Insane asylums in Bengal annual reports 1876-1887 - 1876-1887
Year: 1876
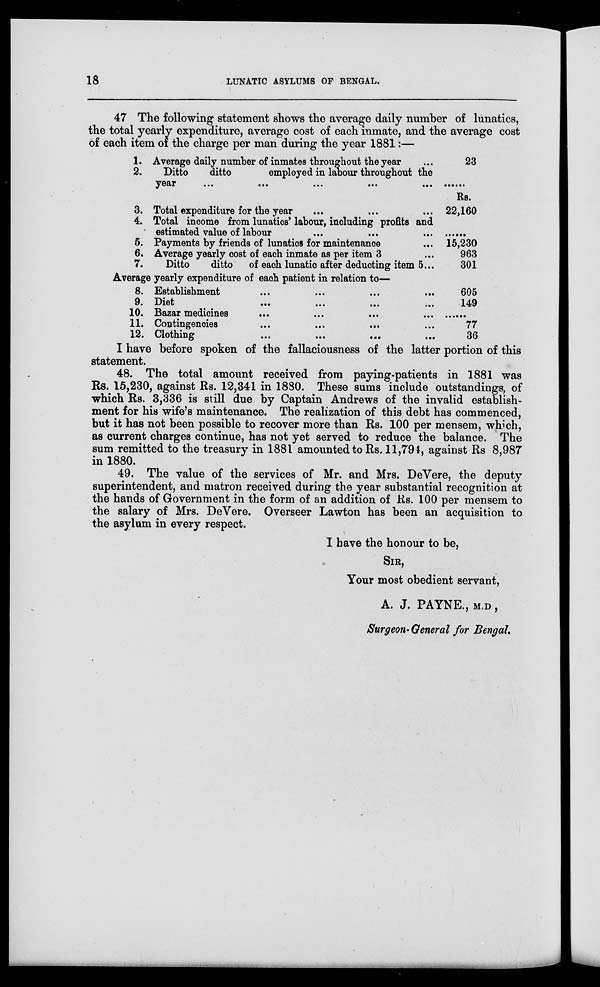
18
LUNATIC ASYLUMS OF BENGAL.
47 The following statement shows the average daily number of lunatics,
the total yearly expenditure, average cost of each inmate, and the average cost
of each item of the charge per man during the year 1881:—
1.
2.
3.
4.
5.
6.
7.
Average daily number of inmates throughout the year ...
Ditto
ditto
employed in labour throughout the
year
...
...
...
...
...
Total expenditure for the year ... ... ...
Total income from lunatics' labour, including profits and
estimated value of labour ... ... ...
Payments by friends of lunatics for maintenance ...
Average yearly cost of each inmate as per item 3 ...
Ditto
ditto of each lunatic after deducting item 5...
Average yearly expenditure of each patient in relation to—
8.
9.
10.
11.
12.
Establishment
...
...
...
...
Dite
...
...
...
...
Bazar medicines
...
...
...
...
Contingencies ... ... ... ...
Clothing
...
...
...
...
23
......
Rs.
22,160
......
15,230
963
301
605
149
......
77
36
I have before spoken of the fallaciousness of the latter portion of this
statement.
48. The total amount received from paying-patients in 1881 was
Rs. 15,230, against Rs. 12,341 in 1880. These sums include outstandings, of
which Rs. 3,336 is still due by Captain Andrews of the invalid establish-
ment for his wife's maintenance. The realization of this debt has commenced,
but it has not been possible to recover more than Rs. 100 per mensem, which,
as current charges continue, has not yet served to reduce the balance. The
sum remitted to the treasury in 1881 amounted to Rs. 11,794, against Rs 8,987
in 1880.
49. The value of the services of Mr. and Mrs. DeVere, the deputy
superintendent, and matron received during the year substantial recognition at
the hands of Government in the form of an addition of Rs. 100 per mensem to
the salary of Mrs. DeVere. Overseer Lawton has been an acquisition to
the asylum in every respect.
I have the honour to be,
SIR,
Your most obedient servant,
A. J. PAYNE., M.D.,
Surgeon- General for Bengal.